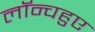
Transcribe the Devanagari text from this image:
लॉन्चहुए